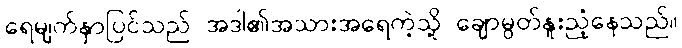
ရေမျက်နှာပြင်သည် အဒါ၏အသားအရေကဲ့သို့ ချောမွတ်နူးညံ့နေသည်။